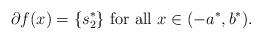
LaTeX: \begin{align*}\partial f(x)=\{s_{2}^{*}\}\mbox{ for all }x\in(-a^{*},b^{*}).\end{align*}